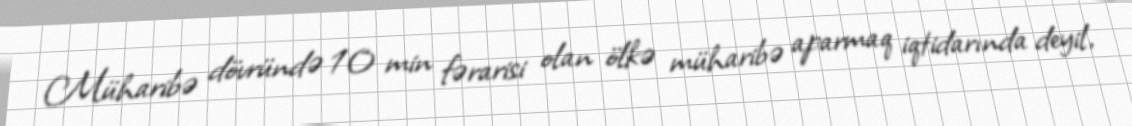
Müharibə dövründə 10 min fərarisi olan ölkə müharibə aparmaq iqtidarında deyil,